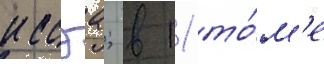
иссэа; в 11 то́м'е